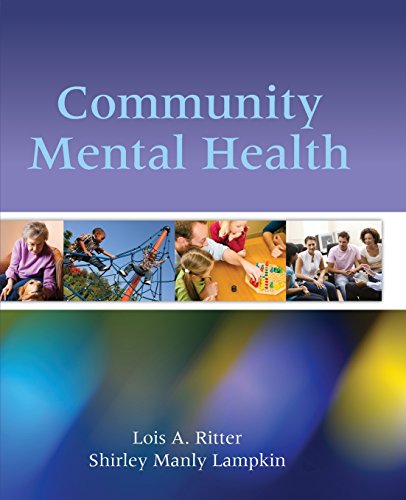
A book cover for Community Mental Health; Lois A. Ritter; Medical Books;